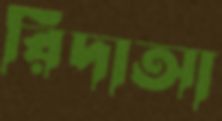
রিদাআ